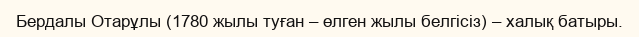
Бердалы Отарұлы (1780 жылы туған – өлген жылы белгісіз) – халық батыры.